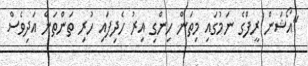
"އޯޝަން ރީފްގެ ނަމުގައި މިތަން ހިންގި އިރު ހެދިފައި ހުރި ތަންތަން އަދިވެސް